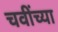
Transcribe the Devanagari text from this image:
चवींच्या